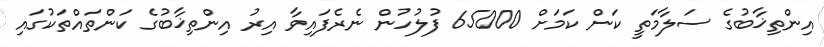
އިންތިޚާބުގެ ސަލާމަތީ ކަން ކަމަށް 65000 ފުލުހުން ނެރެފައިވާ އިރު އިންތިޚާބުގެ ކަންތައްތަކުގައި